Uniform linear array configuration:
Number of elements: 48
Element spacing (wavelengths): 1
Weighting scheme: binomial
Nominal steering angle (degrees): -60
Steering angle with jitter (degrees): -58.256
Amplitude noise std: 0.05
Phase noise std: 0.05

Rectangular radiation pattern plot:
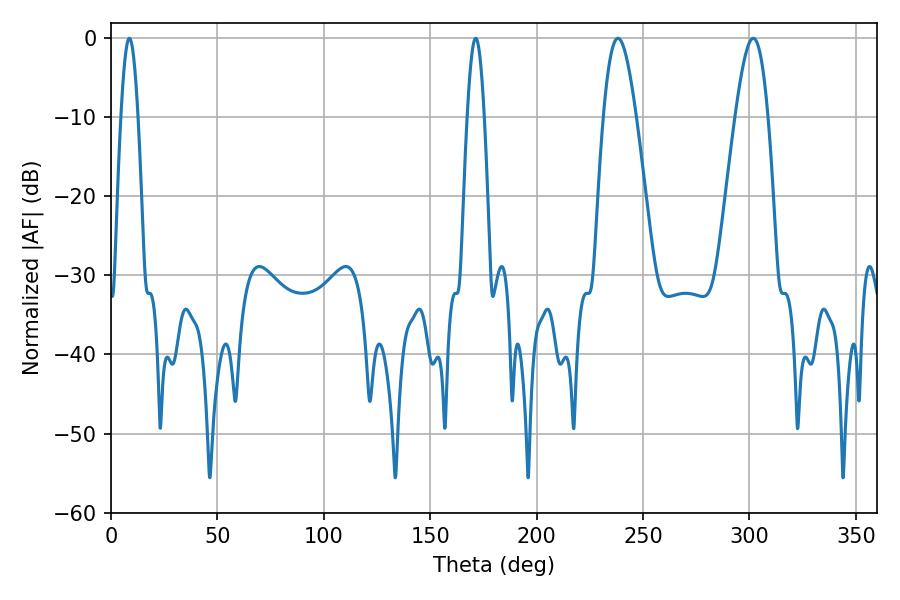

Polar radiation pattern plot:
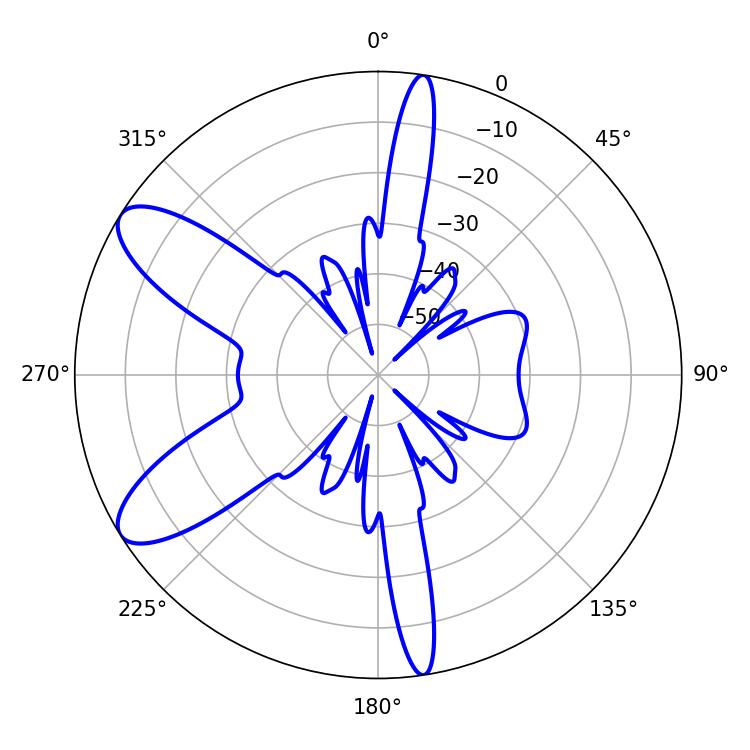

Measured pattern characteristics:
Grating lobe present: TRUE
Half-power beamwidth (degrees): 4.32
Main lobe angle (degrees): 8.64